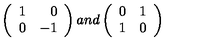
\left( \begin{array} { l r } { 1 } & { 0 } \\ { 0 } & { - 1 } \\ \end{array} \right) a n d \left( \begin{array} { l r } { 0 } & { 1 } \\ { 1 } & { 0 } \\ \end{array} \right)